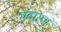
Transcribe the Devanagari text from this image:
भंदारण